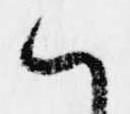
ハ